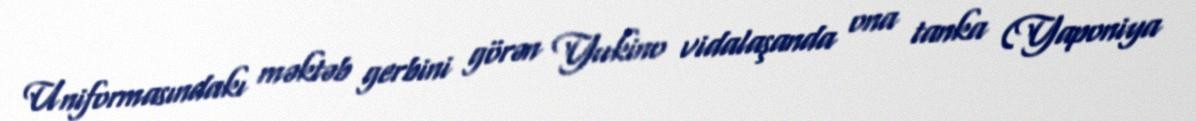
Uniformasındakı məktəb gerbini görən Yukino vidalaşanda ona tanka (Yaponiya